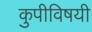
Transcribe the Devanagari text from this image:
कुपीविषयी